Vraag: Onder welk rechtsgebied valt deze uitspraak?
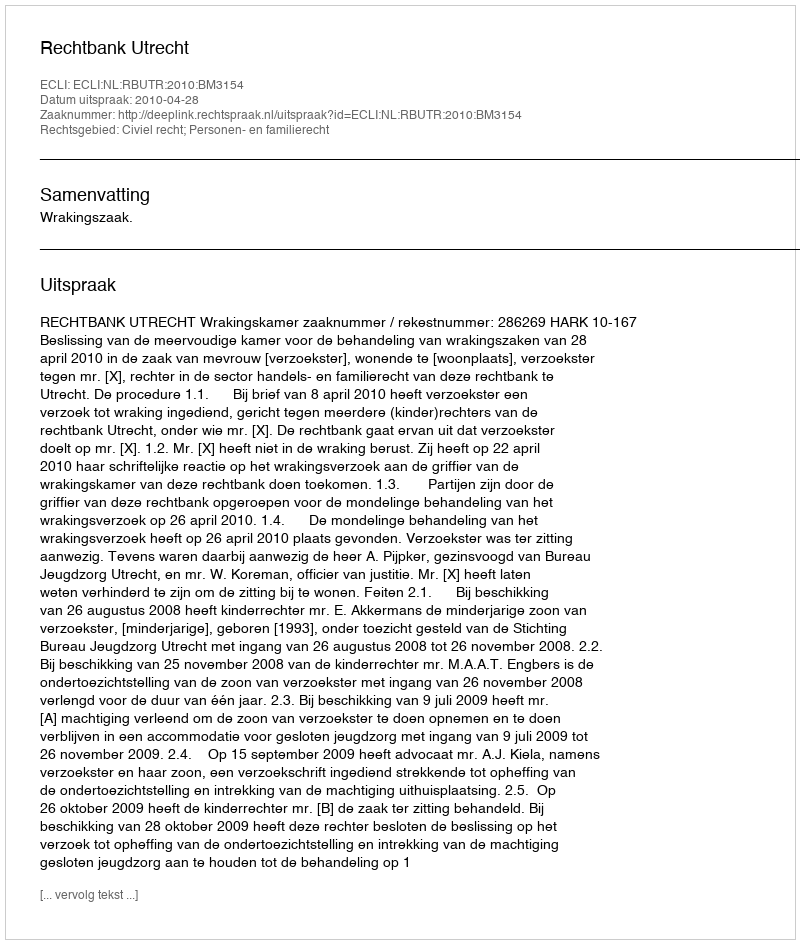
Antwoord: Civiel recht; Personen- en familierecht